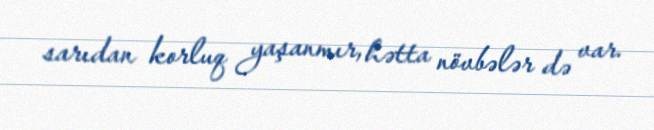
sarıdan korluq yaşanmır, hətta növbələr də var.